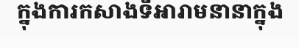
ក្នុងការកសាងទីអារាមនានាក្នុង